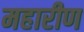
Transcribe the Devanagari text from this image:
महारीण